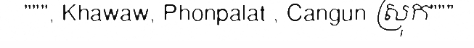
""", Khawaw, Phonpalat , Cangun ស្រុក"""